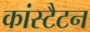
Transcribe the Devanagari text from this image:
कांस्टैटन